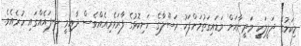
މިކަމުގެ ދަލީލަކީ މަދީނާއަށް ވަޑައިގަތުމަށްފަހު ރަސޫލާގެ ހަށިކޮޅުގެ ފާރަވެރިއެއްވެސް ދާއިމީ ސިފައެއްގައި ހުރެއެވެ.